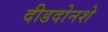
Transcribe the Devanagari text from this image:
दीडदोनशे